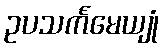
ဥပသင်္ကမေယျုံ